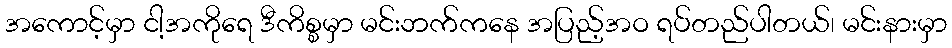
အကောင့်မှာ ငါ့အကိုရေ ဒီကိစ္စမှာ မင်းဘက်ကနေ အပြည့်အဝ ရပ်တည်ပါတယ်၊ မင်းနားမှာ